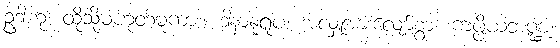
ဥဒါဟု၊ ထိုသို့မဟုတ်မူကား။ ဒါနာနုရူပံ၊ အလှူအားလျော်စွာ။ ကပ္ပိယဘဏ္ဍံ၊